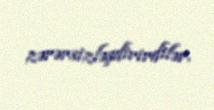
zərərsizləşdirirdilər.